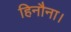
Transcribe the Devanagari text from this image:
हिनौना।